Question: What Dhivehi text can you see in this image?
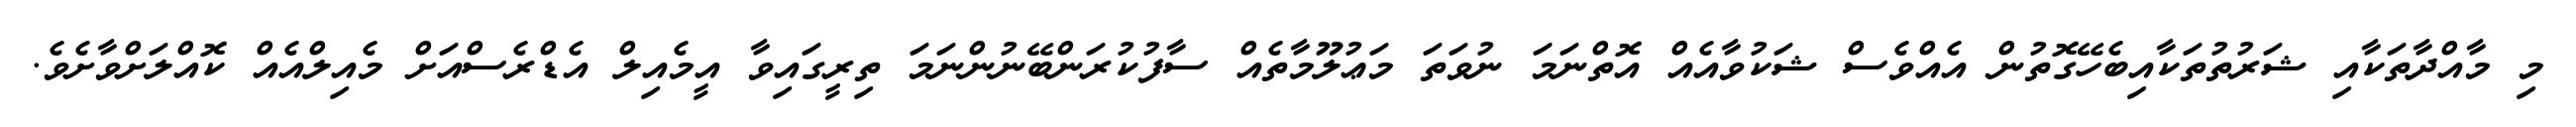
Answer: މި މާއްދާތަކާއި ޝަރުތުތަކާއިބެހޭގޮތުން އެއްވެސް ޝަކުވާއެއް އޮތްނަމަ ނުވަތަ މަޢުލޫމާތެއް ސާފުކުރަންބޭނުންނަމަ ތިރީގައިވާ އީމެއިލް އެޑްރެސްއަށް މެއިލްއެއް ކޮއްލަށްވާށެވެ.